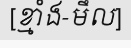
[ខ្មាំង-មឹល]